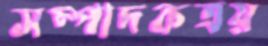
সম্পাদকত্রয়